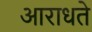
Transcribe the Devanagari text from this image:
आराधते